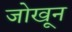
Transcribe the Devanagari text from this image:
जोखून